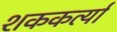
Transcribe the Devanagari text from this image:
शककर्त्या